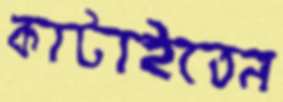
কাটাইতেন